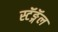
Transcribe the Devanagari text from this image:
स्टॅङ्गॅल